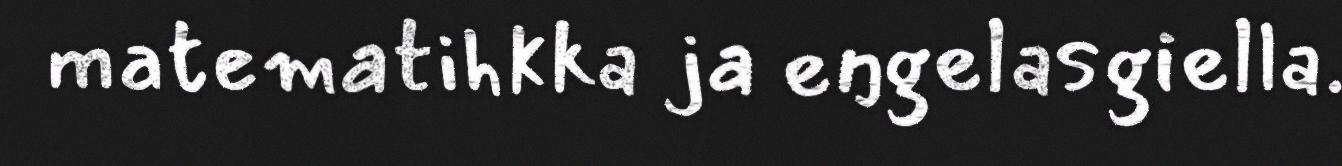
matematihkka ja eŋgelasgiella.